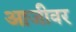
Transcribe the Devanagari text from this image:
आजीवर